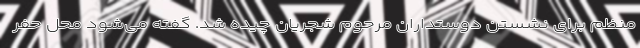
منظم برای نشستن دوستداران مرحوم شجریان چیده شد. گفته می‌شود محل حفر